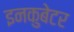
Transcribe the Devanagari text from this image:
इनकुबेटर